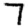
Digit: 7